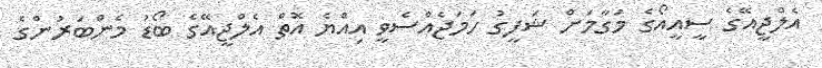
އެލްޖީއޭގެ ސީއީއޯގެ މަގާމަށް ޝަފީގު ހަމަޖެއްސެވީ އިއްޔެ އޮތް އެލްޖީއޭގެ ބޯޑު މެންބަރުންގެ